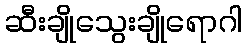
ဆီးချိုသွေးချိုရောဂါ